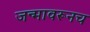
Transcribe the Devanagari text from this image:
जन्मावरूनच